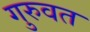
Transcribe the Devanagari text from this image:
गुरुवत